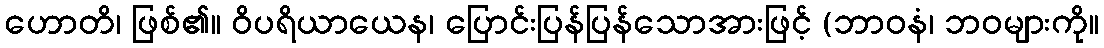
ဟောတိ၊ ဖြစ်၏။ ဝိပရိယာယေန၊ ပြောင်းပြန်ပြန်သောအားဖြင့် (ဘာဝနံ၊ ဘဝများကို။